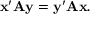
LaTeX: \mathbf { x } ^ { \prime } \mathbf { A } \mathbf { y } = \mathbf { y } ^ { \prime } \mathbf { A } \mathbf { x } .